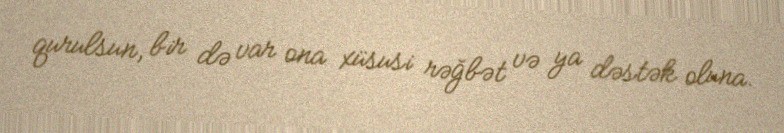
qurulsun, bir də var ona xüsusi rəğbət və ya dəstək oluna.